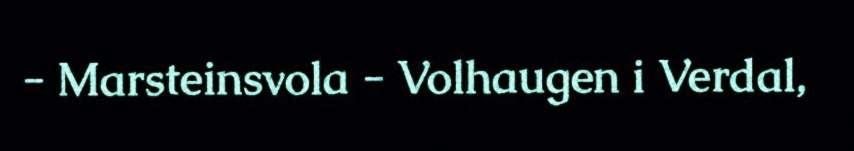
- Marsteinsvola - Volhaugen i Verdal,